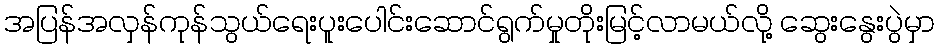
အပြန်အလှန်ကုန်သွယ်ရေးပူးပေါင်းဆောင်ရွက်မှုတိုးမြင့်လာမယ်လို့ ဆွေးနွေးပွဲမှာ